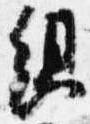
組